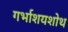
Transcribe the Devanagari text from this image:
गर्भाशयशोथ